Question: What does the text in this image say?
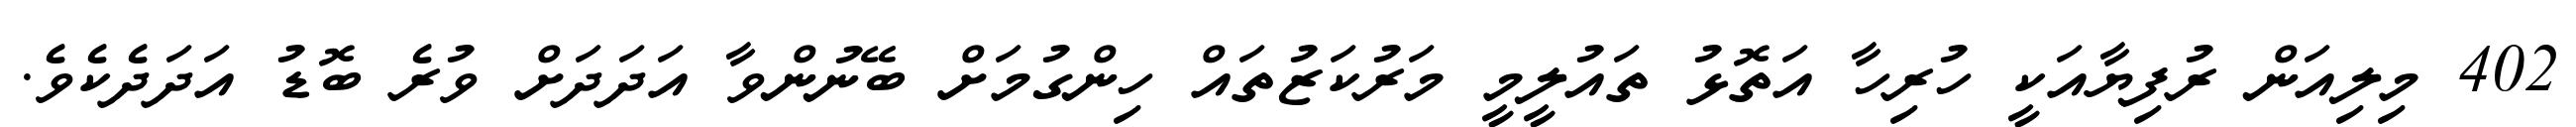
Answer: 402 މިލިއަން ރުފިޔާއަކީ ހުރިހާ އަތޮޅު ތައުލީމީ މަރުކަޒުތައް ހިންގުމަށް ބޭނުންވާ އަދަދަށް ވުރެ ބޮޑު އަދަދެކެވެ.